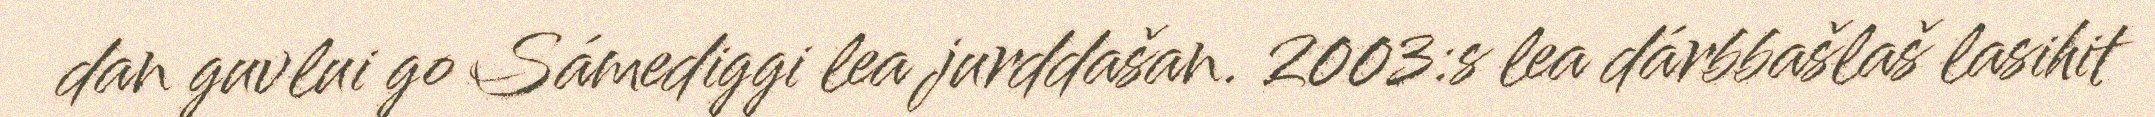
dan guvlui go Sámediggi lea jurddašan. 2003:s lea dárbbašlaš lasihit